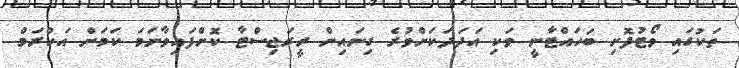
ތަކުގައި ވޯޓުފޮށި ބަހައްޓާނީ ވަކި އަދަދަކަށްވުރެ ގިނައިން ރީރަޖިސްޓާ ކޮށްފައިވާނަމަ ކަމަށް އަކްރަމް